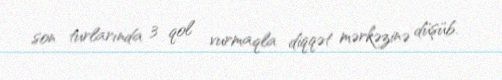
son turlarında 3 qol vurmaqla diqqət mərkəzinə düşüb.